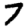
Digit: 7